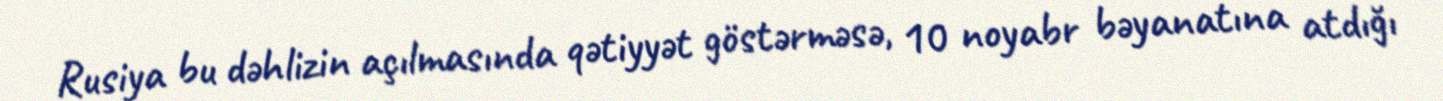
Rusiya bu dəhlizin açılmasında qətiyyət göstərməsə, 10 noyabr bəyanatına atdığı